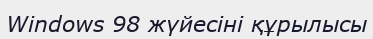
Windows 98 жүйесіні құрылысы